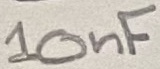
Text: 10nF